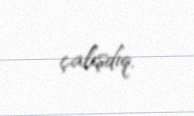
çalışdıq.